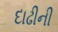
દાઢીની